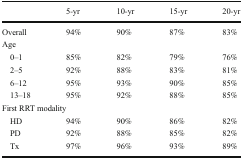
<table><thead><tr><td>[EMPTY_CELL]</td><td><b>5-yr</b></td><td><b>10-yr</b></td><td><b>15-yr</b></td><td><b>20-yr</b></td></tr></thead><tbody><tr><td>Overall</td><td>94%</td><td>90%</td><td>87%</td><td>83%</td></tr><tr><td colspan="5">Age</td></tr><tr><td> 0–1</td><td>85%</td><td>82%</td><td>79%</td><td>76%</td></tr><tr><td> 2–5</td><td>92%</td><td>88%</td><td>83%</td><td>81%</td></tr><tr><td> 6–12</td><td>95%</td><td>93%</td><td>90%</td><td>85%</td></tr><tr><td> 13–18</td><td>95%</td><td>92%</td><td>88%</td><td>85%</td></tr><tr><td colspan="5">First RRT modality</td></tr><tr><td> HD</td><td>94%</td><td>90%</td><td>86%</td><td>82%</td></tr><tr><td> PD</td><td>92%</td><td>88%</td><td>85%</td><td>82%</td></tr><tr><td> Tx</td><td>97%</td><td>96%</td><td>93%</td><td>89%</td></tr></tbody></table>